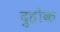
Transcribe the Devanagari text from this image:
दुहोक